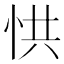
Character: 㤨